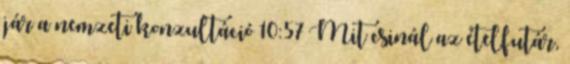
jár a nemzeti konzultáció 10:57 Mit csinál az ételfutár,